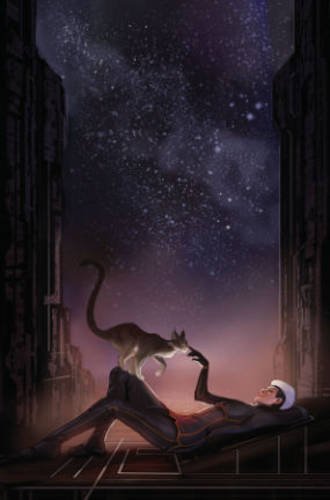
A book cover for Tales of Honor Volume 2; Matt Hawkins; Comics & Graphic Novels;